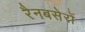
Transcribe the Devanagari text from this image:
रैनबसेरों